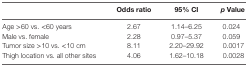
<table><thead><tr><td>[EMPTY_CELL]</td><td><b>Odds ratio</b></td><td><b>95% CI</b></td><td><b><i>p</i> Value</b></td></tr></thead><tbody><tr><td>Age &gt;60 vs. &lt;60 years</td><td>2.67</td><td>1.14–6.25</td><td>0.024</td></tr><tr><td>Male vs. female</td><td>2.28</td><td>0.97–5.37</td><td>0.059</td></tr><tr><td>Tumor size &gt;10 vs. &lt;10 cm</td><td>8.11</td><td>2.20–29.92</td><td>0.0017</td></tr><tr><td>Thigh location vs. all other sites</td><td>4.06</td><td>1.62–10.18</td><td>0.0028</td></tr></tbody></table>